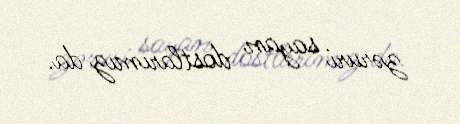
zəruri sayan dostlarımız da.